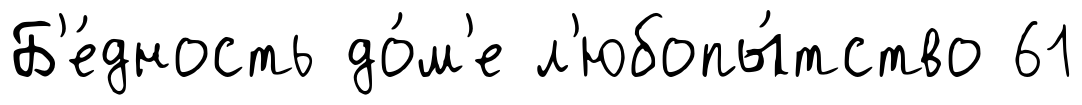
Б'е́дность до́м'е л'юбопы́тство 61